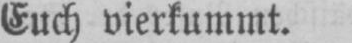
Euch vierkummt.